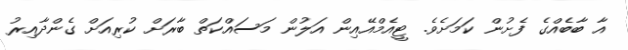
އާ ބާބެއްގެ ފެށުން ކަމަށެވެ. ޓީއެމްއޭއިން އަލުން މަސައްކަތް ބާރަށް ކުރިއަށް ގެންދާއިރު